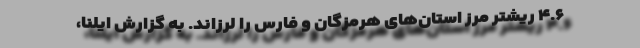
۴.۶ ریشتر مرز استان‌های هرمزگان و فارس را لرزاند. ‌به گزارش ایلنا،